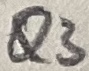
Text: Q3